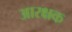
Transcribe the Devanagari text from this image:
आरक्षक